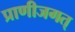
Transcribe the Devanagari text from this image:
प्राणीजगत्